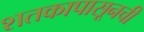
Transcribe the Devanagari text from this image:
शतकापासूनची